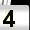
Digit: 4